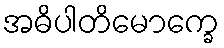
အဓိပါတိမောက္ခေ